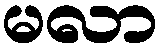
မလာ